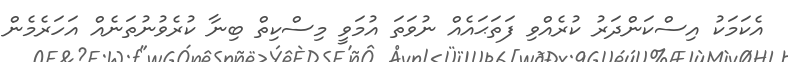
އެކަމަކު އިސްކަންދަރު ކުރެއްވި ފަތަޙައެއް ނުވަތަ އުމަވީ މިސްކިތް ބިނާ ކުރެވުނުތަނެއް އަހަރެމެން